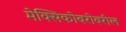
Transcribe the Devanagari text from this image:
मेक्सिकोबरोबरील